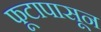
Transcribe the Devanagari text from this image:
फूटापासून